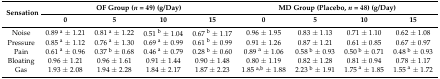
<table><thead><tr><td rowspan="2"><b>Sensation</b></td><td colspan="4"><b>OF Group (<i>n</i> = 49) (g/Day)</b></td><td colspan="4"><b>MD Group (Placebo, <i>n</i> = 48) (g/Day)</b></td></tr><tr><td><b>0</b></td><td><b>5</b></td><td><b>10</b></td><td><b>15</b></td><td><b>0</b></td><td><b>5</b></td><td><b>10</b></td><td><b>15</b></td></tr></thead><tbody><tr><td>Noise</td><td>0.89 <sup>a</sup> ± 1.21</td><td>0.81 <sup>a</sup> ± 1.22</td><td>0.51 <sup>b</sup> ± 1.04</td><td>0.67 <sup>b</sup> ± 1.17</td><td>0.96 ± 1.95</td><td>0.83 ± 1.13</td><td>0.71 ± 1.10</td><td>0.62 ± 1.08</td></tr><tr><td>Pressure</td><td>0.85 <sup>a</sup> ± 1.12</td><td>0.76 <sup>a</sup> ± 1.30</td><td>0.69 <sup>a</sup> ± 0.99</td><td>0.61 <sup>b</sup> ± 0.99</td><td>0.91 ± 1.26</td><td>0.87 ± 1.21</td><td>0.61 ± 0.85</td><td>0.67 ± 0.97</td></tr><tr><td>Pain</td><td>0.61 <sup>a</sup> ± 0.96</td><td>0.37 <sup>b</sup> ± 0.68</td><td>0.46 <sup>a</sup> ± 0.79</td><td>0.28 <sup>b</sup> ± 0.60</td><td>0.89 <sup>a</sup> ± 1.06</td><td>0.58 <sup>b</sup> ± 0.93</td><td>0.50 <sup>b</sup> ± 0.71</td><td>0.48 <sup>b</sup> ± 0.93</td></tr><tr><td>Bloating</td><td>0.96 ± 1.21</td><td>0.96 ± 1.61</td><td>0.91 ± 1.44</td><td>0.90 ± 1.48</td><td>0.80 ± 1.19</td><td>0.82 ± 1.28</td><td>0.81 ± 0.94</td><td>0.78 ± 1.17</td></tr><tr><td>Gas</td><td>1.93 ± 2.08</td><td>1.94 ± 2.28</td><td>1.84 ± 2.17</td><td>1.87 ± 2.23</td><td>1.85 <sup>a,b</sup> ± 1.88</td><td>2.23 <sup>b</sup> ± 1.91</td><td>1.75 <sup>a</sup> ± 1.85</td><td>1.55 <sup>a</sup> ± 1.72</td></tr></tbody></table>